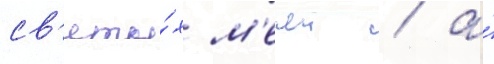
св'яты́х м'ечеи / а́